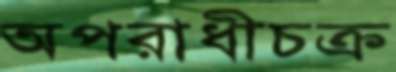
অপরাধীচক্র